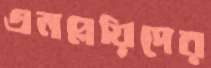
এমপ্লয়িদের